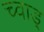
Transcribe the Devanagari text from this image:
च्वाड़्